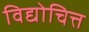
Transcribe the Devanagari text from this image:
विद्योचित्त